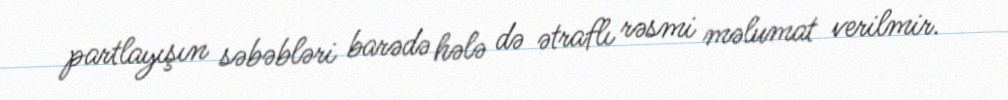
partlayışın səbəbləri barədə hələ də ətraflı rəsmi məlumat verilmir.